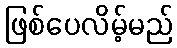
ဖြစ်ပေလိမ့်မည်